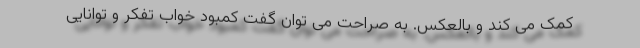
کمک می کند و بالعکس. به صراحت می توان گفت کمبود خواب تفکر و توانایی